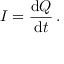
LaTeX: I = { \frac { \mathrm { d } Q } { \mathrm { d } t } } \, .